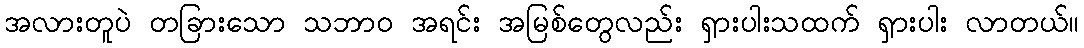
အလားတူပဲ တခြားသော သဘာဝ အရင်း အမြစ်တွေလည်း ရှားပါးသထက် ရှားပါး လာတယ်။